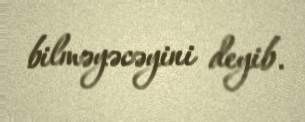
bilməyəcəyini deyib.